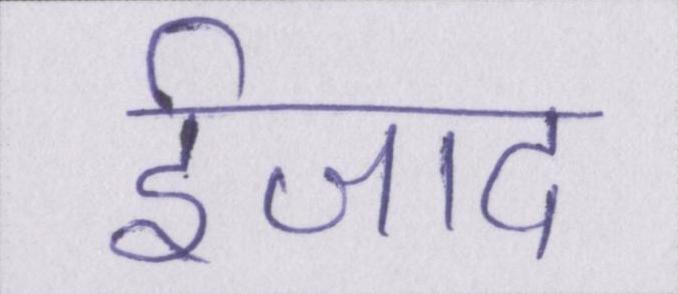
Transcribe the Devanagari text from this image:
ईजाद